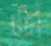
জ